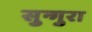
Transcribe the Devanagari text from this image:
सुन्गुरा